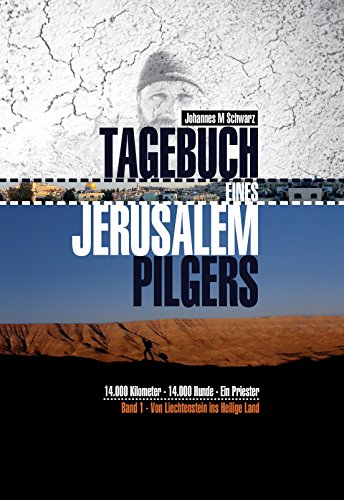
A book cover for Tagebuch eines Jerusalempilgers: 14.000 Kilometer - 14.000 Hunde - Ein Priester. Von Liechtenstein ins Heilige Land. (German Edition); Johannes Maria Schwarz; Travel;